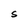
Character: S